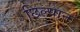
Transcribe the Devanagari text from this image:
छिल्यान